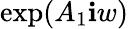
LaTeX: \exp(A_{1}\mathbf{i}w)